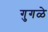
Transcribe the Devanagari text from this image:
गुगळे